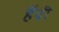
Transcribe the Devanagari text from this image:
हॅवी